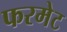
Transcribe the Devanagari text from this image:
फरमेट